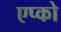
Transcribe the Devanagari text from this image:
एप्को